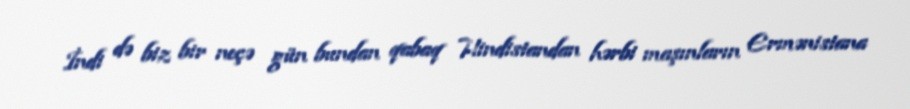
İndi də biz bir neçə gün bundan qabaq Hindistandan hərbi maşınların Ermənistana